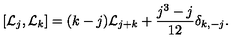
\left[ { \cal L } _ { j } , { \cal L } _ { k } \right] = ( k - j ) { \cal L } _ { j + k } + { \frac { j ^ { 3 } - j } { 1 2 } } \delta _ { k , - j } .